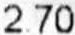
2.70